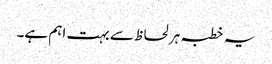
یہ خطبہ ہر لحاظ سے بہت اہم ہے۔